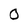
Character: O